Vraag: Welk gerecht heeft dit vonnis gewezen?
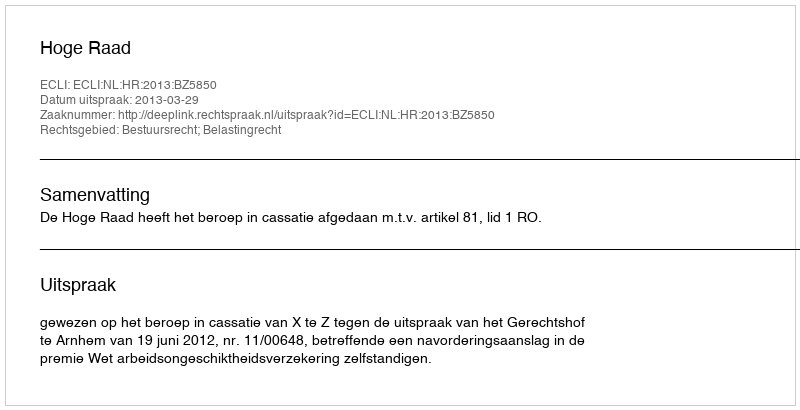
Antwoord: Hoge Raad